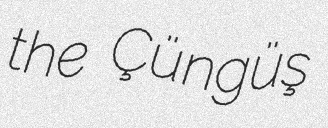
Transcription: the Çüngüş